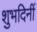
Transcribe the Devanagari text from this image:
शुभदिनीं